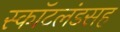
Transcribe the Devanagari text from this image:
स्कॉटलंडसह